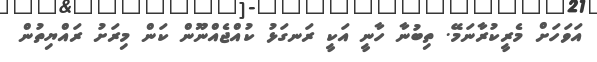
އަވަހަށް މެރީކުރާނަމޭ. ތިބުނާ ހާނީ އަކީ ރަނގަޅު ކުއްޖެއްނޫން ކަން މިރަށު ރައްޔިތުން